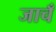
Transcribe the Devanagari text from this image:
जाचँ